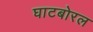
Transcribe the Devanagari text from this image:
घाटबोरल